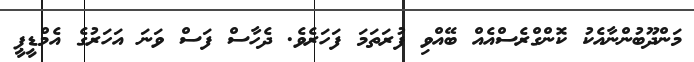
މަންދޫބުންނާއެކު ކޮންގްރެސްއެއް ބޭއްވި ފުރަތަމަ ފަހަރެވެ. ދެހާސް ފަސް ވަނަ އަހަރުގެ އެމްޑީޕީ